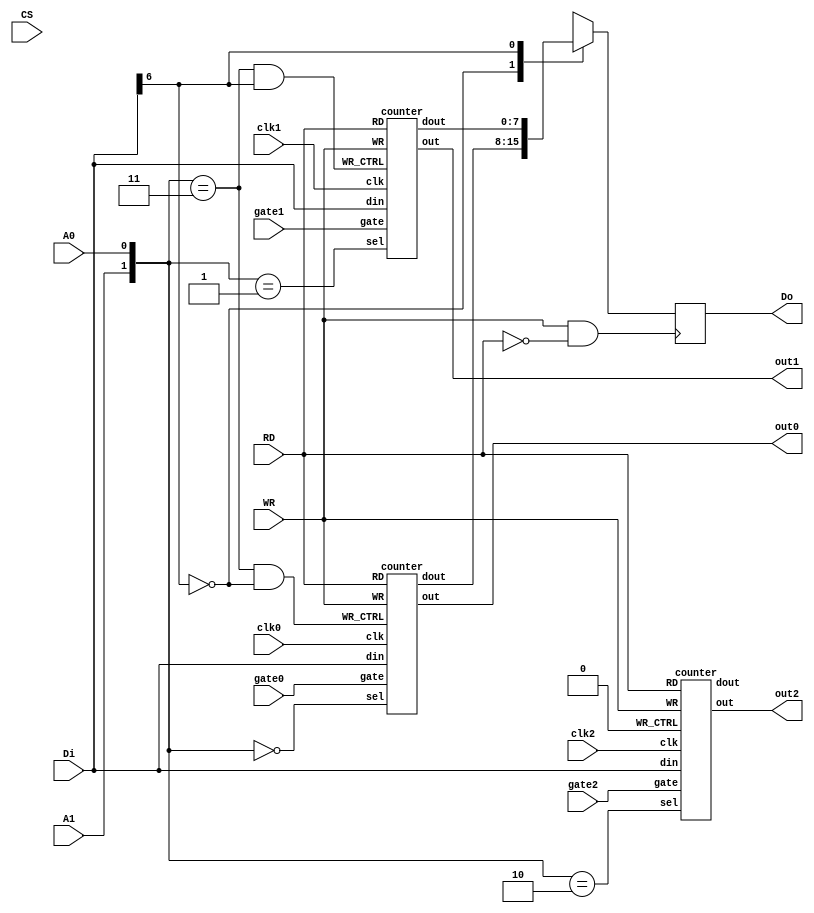

module pit8254(
  input [7:0] Di,
  output reg [7:0] Do,
  input RD,
  input WR,
  input CS,
  input A0,
  input A1,
  input clk0,
  input clk1,
  input clk2,
  input gate0,
  input gate1,
  input gate2,
  output out0,
  output out1,
  output out2
);

wire [1:0] addr = { A1, A0 };
wire sel = Di[7:6];
wire [7:0] dout0, dout1, dout2;
wire read = WR & ~RD;

always @(posedge read)
  case (sel)
    2'b00: Do <= dout0;
    2'b01: Do <= dout1;
    2'b10: Do <= dout2;
  endcase

counter c0(clk0, Di, dout0, RD, WR, gate0, addr == 2'b00, addr == 2'b11 && sel == 2'b00, out0);
counter c1(clk1, Di, dout1, RD, WR, gate1, addr == 2'b01, addr == 2'b11 && sel == 2'b01, out1);
counter c2(clk2, Di, dout2, RD, WR, gate2, addr == 2'b10, addr == 2'b11 && sel == 2'b10, out2);

endmodule


module counter(
  input clk,
  input [7:0] din,
  output reg [7:0] dout,
  input RD,
  input WR,
  input gate,
  input sel,
  input WR_CTRL,
  output reg out
);

reg [15:0] cnt = 0;
reg [15:0] latch, init;
reg [1:0] format;
reg [2:0] mode;
reg bcd;
reg [1:0] latched;
reg counting;
reg msb = 0;
reg [1:0] dec;
reg gate_latch;

reg [3:0] state;

parameter
  IDLE = 0,
  WRITE_CTRL = 1,
  START_COUNTER = 2,
  LATCH_COUNTER = 3,
  WRITE_COUNTER = 4,
  READ_COUNTER = 5;


always @*
  if (WR_CTRL & RD & ~WR)
    if (din[5:4] != 2'b00)
      state = WRITE_CTRL;
    else
      state = LATCH_COUNTER;
  else if (sel & ~RD & WR)
    state = READ_COUNTER;
  else if (sel & ~WR & RD)
    state = WRITE_COUNTER;
  else
    state = IDLE;

always @*
  if (state == WRITE_COUNTER) init = cnt;

always @(posedge clk)
  gate_latch <= gate;

always @(posedge clk) begin
  if (counting & cnt > 0) cnt <= cnt - { 14'd0, dec };
  casez (mode)
    3'b000: begin
      out <= cnt == 0;
      counting <= gate;
      dec <= 2'b1;
    end
    3'b001: begin
      dec <= 2'b1;
      if (gate & ~counting) begin
        counting <= 1'b1;
        cnt <= init;
      end
      if (gate_latch^gate && gate) begin
       cnt <= init;
      end
      out <= counting ? cnt == 0 : 1'b1;
    end
    3'b?10: begin
      dec <= 2'b1;
      if (~gate) begin
        counting <= 1'b0;
        cnt <= init;
        out <= 1'b1;
      end
      else begin
        counting <= 1'b1;
        out <= cnt == 1;
      end
      if (cnt == 1) cnt <= init;
    end
    3'b?11: begin
      dec <= 2'd2;
      if (~gate) begin
        counting <= 1'b0;
        cnt <= init*2;
        out <= 1'b1;
      end
      else begin
        counting <= 1'b1;
        out <= cnt > init;
      end
      if (cnt == 2) cnt <= init*2;
    end
    3'b100: begin
      dec <= 2'b1;
      out <= cnt == 0;
      counting <= gate;
      if (cnt == 0) cnt <= init;
    end
    3'b101: begin
      dec <= 2'b1;
      out <= cnt == 0;
      if (gate & ~counting) begin
        counting <= 1'b1;
        cnt <= init;
      end
      if (gate_latch^gate && gate) begin
       cnt <= init;
      end
      if (cnt == 0) cnt <= init;
    end
  endcase
  case (state)
    WRITE_CTRL: begin
      format <= din[5:4];
      mode <= din[3:1];
      bcd <= din[0];
      counting <= 1'b0;
      if (din[3:0] == 0) out <= 1'b0;
    end
    LATCH_COUNTER: begin
      latch <= cnt;
      latched <= 2'b11;
    end
    WRITE_COUNTER: begin
      case (format)
        2'b01: cnt[7:0] <= din;
        2'b10: cnt[15:8] <= din;
        2'b11:
          if (msb) begin
            cnt <= { din, cnt[7:0] };
            msb <= 1'b0;
          end
          else begin
            msb <= 1'b1;
            cnt <= { cnt[15:8], din };
          end
      endcase
    end
    READ_COUNTER:
      case (format)
        2'b01: begin
          dout <= latched ? latch[7:0] : cnt[7:0];
          latched[0] <= 1'b0;
        end
        2'b10: begin
          dout <= latched ? latch[15:8] : cnt[15:8];
          latched[1] <= 1'b0;
        end
        2'b11:
          if (msb) begin
            dout <= latched ? latch[15:8] : cnt[15:8];
            latched[1] <= 1'b0;
            msb <= 1'b0;
          end
          else begin
            dout <= latched ? latch[7:0] : cnt[7:0];
            latched[0] <= 1'b0;
            msb <= 1'b1;
          end
      endcase
  endcase
end


endmodule